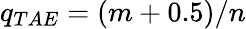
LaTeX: q_{TAE}=(m+0.5)/n